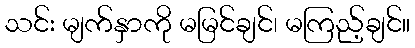
သင်း မျက်နှာကို မမြင်ချင်၊ မကြည့်ချင်။